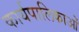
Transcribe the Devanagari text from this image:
कार्यपालिकाओं